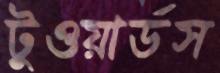
টুওয়ার্ডস